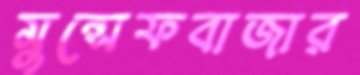
মুন্সেফবাজার